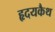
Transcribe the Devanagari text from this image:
हृदयकैथ